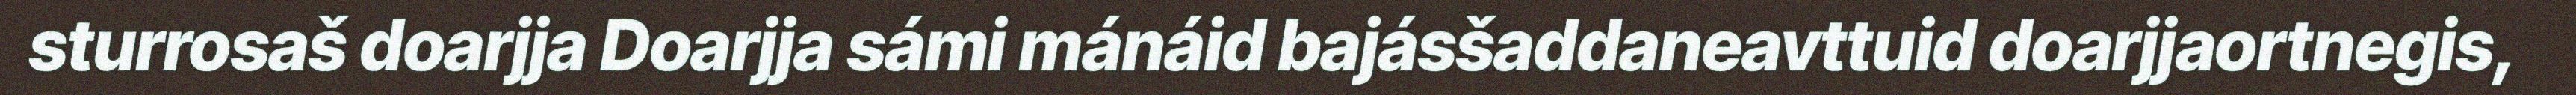
sturrosaš doarjja Doarjja sámi mánáid bajásšaddaneavttuid doarjjaortnegis,